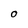
Character: O